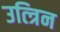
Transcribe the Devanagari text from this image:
उत्त्रिन